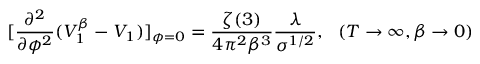
[ \frac { \partial ^ { 2 } } { \partial \phi ^ { 2 } } ( V _ { 1 } ^ { \beta } - V _ { 1 } ) ] _ { \phi = 0 } = \frac { \zeta ( 3 ) } { 4 \pi ^ { 2 } \beta ^ { 3 } } \frac { \lambda } { \sigma ^ { 1 / 2 } } , ~ ~ ( T \to \infty , \beta \to 0 )